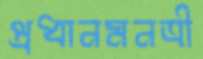
প্রধানমনত্রী